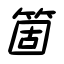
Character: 箇